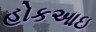
હોકઆઇ